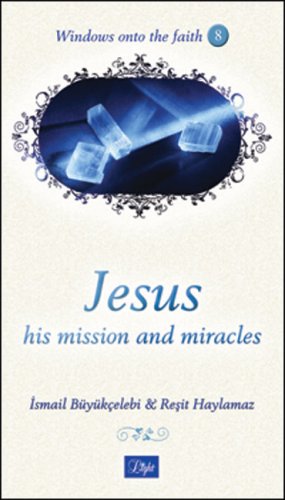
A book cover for Jesus: His Mission and Miracles (Windows onto the Faith series); Ismail Buyukcelebi; Religion & Spirituality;